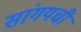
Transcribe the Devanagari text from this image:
सांगयची